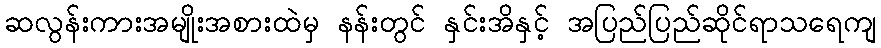
ဆလွန်းကားအမျိုးအစားထဲမှ နန်းတွင် နှင်းအိနှင့် အပြည်ပြည်ဆိုင်ရာသရေကျ